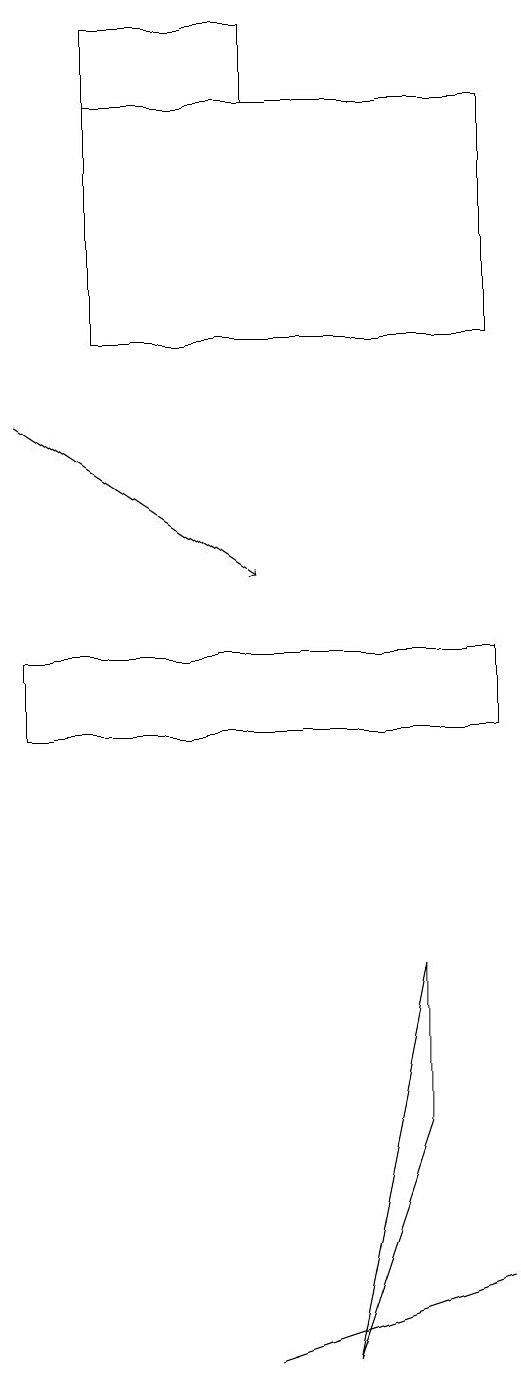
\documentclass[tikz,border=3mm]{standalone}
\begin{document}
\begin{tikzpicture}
\draw (7,7) -- (6,2) -- (7,5) -- cycle;
\draw (5,2) -- (8,3) -- (5,2) -- cycle;
\draw (3,18) rectangle (5,19);
\draw (2,10) rectangle (8,11);
\draw (8,18) rectangle (3,15);
\draw[->] (2,14) -- (5,12);
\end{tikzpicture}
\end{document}